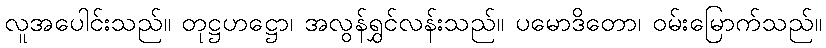
လူအပေါင်းသည်။ တုဋ္ဌဟဋ္ဌော၊ အလွန်ရွှင်လန်းသည်။ ပမောဒိတော၊ ဝမ်းမြောက်သည်။